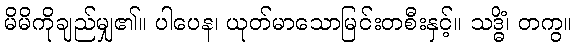
မိမိကိုချည်မျှ၏။ ပါပေန၊ ယုတ်မာသောမြင်းတစီးနှင့်။ သဒ္ဓိံ၊ တကွ။